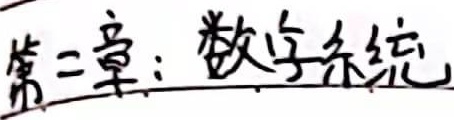
第二章：数字系统